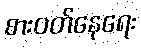
စားဝတ်နေရေး